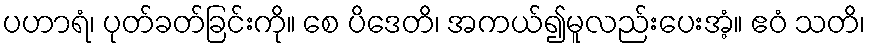
ပဟာရံ၊ ပုတ်ခတ်ခြင်းကို။ စေ ပိဒေတိ၊ အကယ်၍မူလည်းပေးအံ့။ ဧဝံ သတိ၊